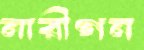
নারীগন